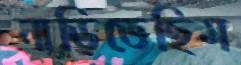
নাড়িতেছিস